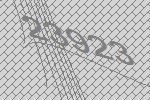
23923